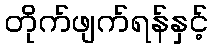
တိုက်ဖျက်ရန်နှင့်